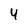
Character: 4